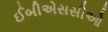
ઈબીએસસીઓ